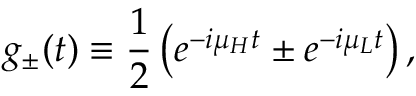
g _ { \pm } ( t ) \equiv \frac { 1 } { 2 } \left( e ^ { - i \mu _ { H } t } \pm e ^ { - i \mu _ { L } t } \right) ,